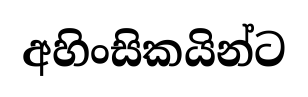
අහිංසිකයින්ට